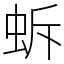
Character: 蚸